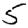
Digit: 5